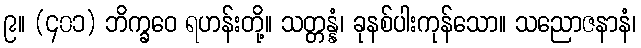
၉။ (၄၀၁) ဘိက္ခဝေ ရဟန်းတို့။ သတ္တန္နံ၊ ခုနစ်ပါးကုန်သော။ သညောဇနာနံ၊